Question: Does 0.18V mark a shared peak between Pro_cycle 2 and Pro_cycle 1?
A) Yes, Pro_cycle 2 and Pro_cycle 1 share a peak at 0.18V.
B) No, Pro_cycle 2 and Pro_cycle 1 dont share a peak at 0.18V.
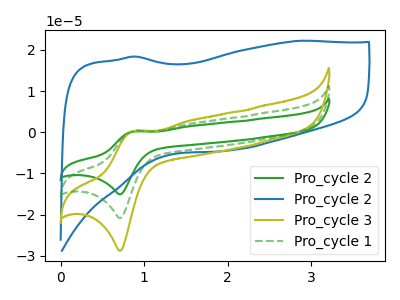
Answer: <think>The green curve "Pro_cycle 2" has an anodic peak at (0.85V, 0.45uA) and a cathodic peak at (0.70V, -41.70uA). The blue curve "Pro_cycle 2" has no peaks. The olive curve "Pro_cycle 3" has an anodic peak at (0.85V, 0.30uA) and a cathodic peak at (0.70V, -28.80uA). The green dashed curve "Pro_cycle 1" has an anodic peak at (0.85V, 0.25uA) and a cathodic peak at (0.70V, -20.85uA).</think>
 <answer>B) No, "Pro_cycle 2" and "Pro_cycle 1" dont share a peak at 0.18V.</answer>
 <eval>B</eval>